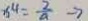
x ^ { 4 } = \frac { 2 } { a } \rightarrow